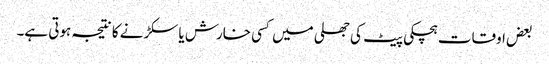
بعض اوقات ہچکی پیٹ کی جھلی میں کسی خارش یا سکڑنے کا نتیجہ ہوتی ہے۔